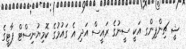
ޝީ ޗިންޕިންގ އަކީ ސީނުގެ ރައީސް އަދި އެ ގައުމުގެ ކޮމިޔުނިސްޓް ޕާޓީގެ